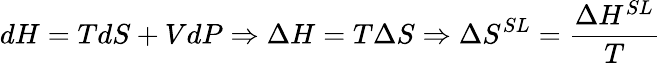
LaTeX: dH=TdS+VdP\Rightarrow\Delta H=T\Delta S\Rightarrow\Delta S^{SL}=\frac{\Delta H^{SL}}{T}